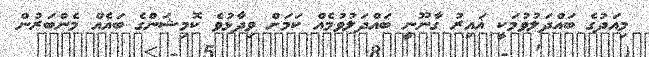
މިއަދުގެ ބައްދަލުވުމަކީ ޣައިރު ގާނޫނީ ބައްދަލުވުމެއް ކަމަށް ވިދާޅުވެ ކޮމިޝަންގެ ބައެއް މެންބަރުން